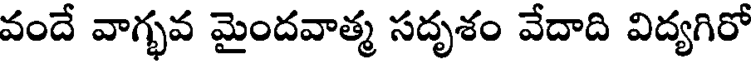
వందే వాగ్భవ మైందవాత్మ సదృశం వేదాది విద్యగిరో